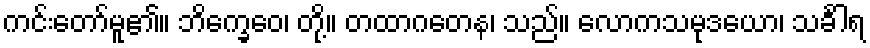
ကင်းတော်မူ၏။ ဘိက္ခေဝေ၊ တို့။ တထာဂတေန၊ သည်။ လောကသမုဒယော၊ သင်္ခါရ